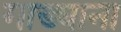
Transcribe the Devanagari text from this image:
गाड्याना